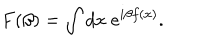
F ( \beta ) = \int d x \; e ^ { i \beta f ( x ) } .